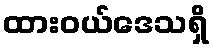
ထားဝယ်ဒေသရှိ